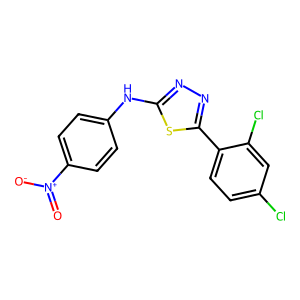
SMILES: O=[N+]([O-])c1ccc(Nc2nnc(-c3ccc(Cl)cc3Cl)s2)cc1
Inhibits HIV replication: No